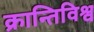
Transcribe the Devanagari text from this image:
क्रान्तिविश्व